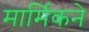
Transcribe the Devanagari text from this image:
मार्मिकने